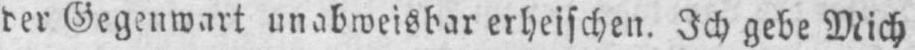
der Gegenwart unabweisbar erheischen. Ich gebe Mich